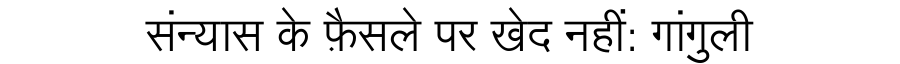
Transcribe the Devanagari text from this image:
संन्यास के फ़ैसले पर खेद नहीं: गांगुली